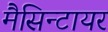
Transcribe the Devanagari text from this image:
मैसिन्टायर